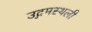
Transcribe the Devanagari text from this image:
उद्गमस्थली